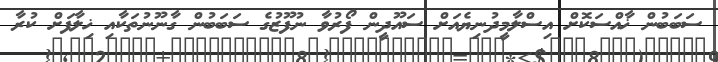
ސަބަބުން ޚާއްސަކޮށް އިސްލާމީދުނިޔެއަށް ސައޫދީން ފޯރުވާ ނުފޫޒުގެ ސަބަބުން ގާނޫނުތަކާއި ޚިލާފަށް ކުރާ